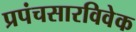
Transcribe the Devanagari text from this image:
प्रपंचसारविवेक